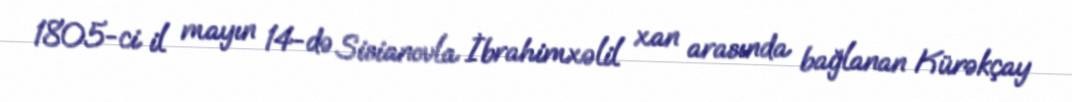
1805-ci il mayın 14-də Sisianovla İbrahimxəlil xan arasında bağlanan Kürəkçay